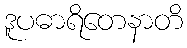
ဒူပဓာရိတေနာတိ